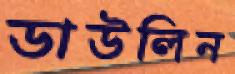
ডাউলিন